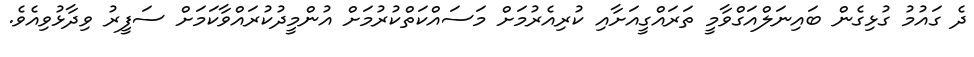
ދެ ގައުމު ގުޅިގެން ބައިނަލްއަގްވާމީ ތަރައްގީއަށާއި ކުރިއެރުމަށް މަސައްކަތްކުރުމަށް އުންމީދުކުރައްވާކަމަށް ސަފީރު ވިދާޅުވިއެވެ.